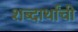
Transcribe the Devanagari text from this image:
शब्दार्थांची